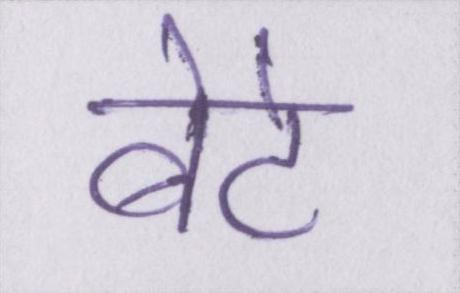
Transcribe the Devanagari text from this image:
बेटे